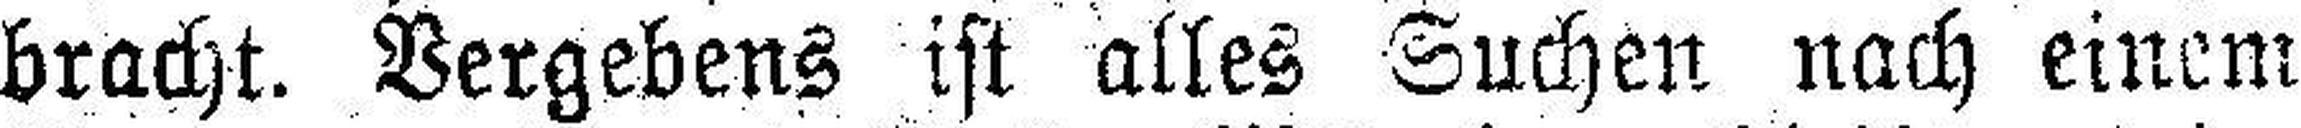
bracht. Vergebens ist alles Suchen nach einem